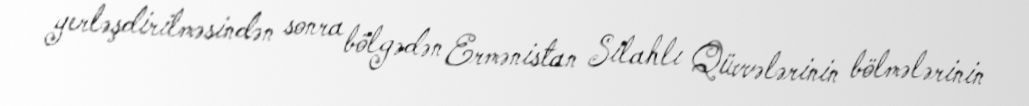
yerləşdirilməsindən sonra bölgədən Ermənistan Silahlı Qüvvələrinin bölmələrinin